Leprosy in India: report of the Leprosy Commission in India, 1890-91
Year: 1890
Disease focus: Leprosy
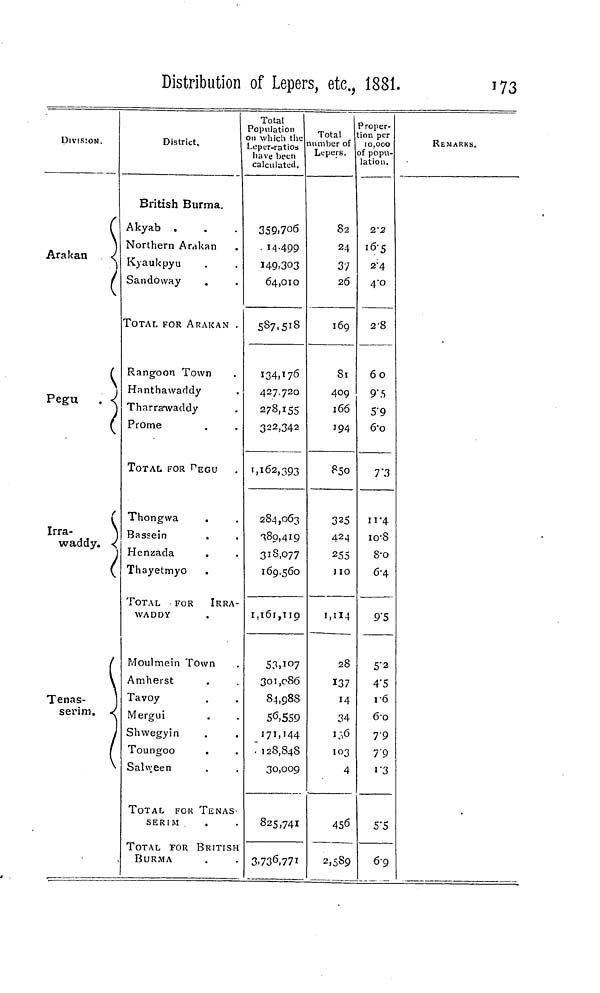
Distribution of Lepers, etc., 1881.
173
DIVISION.
(
)
Arakan
<
)
(
(
\
Pegu
. • <
(
r
Irra-
TXT fl n n tr
ŵ
ciuuy« Î
(
Tenas-
serim. <
(
District,
British Burma.
Akyab .
Northern Arakan
Kyaukpyu
Sandoway
TOTAL FOR ARAKAN .
Rangoon Town
Hanthawarldy
Tharra'waddy
Prome
TOTAL FOR r> EG u
Thongwa
Bassein
Henzada
Thayetmyo
TOTAL
FOR
IRRA-
WADDY
P.'Ioulmein Town
Amherst
Tavoy
Mergui
Shwegyin
Toungoo
Salween
TOTAL FOK TENAS
SERIM
TOTAL FOR BRITISP
BURMA
Total
Population
on which the
Leper-ratios
have been
calculated.
359.706
• 14-499
I49-3O3
64,010
5S7-5IS
134,176
427.720
278,155
322,342
1.162,393
284,063
89,419
318,077
169.560
I,l6l,Tip
53,107
301,086
84,98s
56,559
171,144
. 128,848
30,009
825,741
3.736,771
Total
imber of
Lepeis.
82
24
37
26
169
Si
409
166
194
F50
3 2 5
424
255
JIO
1,114
28
137
14
34
x;,6
103
4
456
2,585
'roper-
ion per
10,000
of popu-
lation.
2'2
i6-s
2-4
4-0
2-8
60
9" 5
5-9
6-o
7 "3
11-4
io-8
8-0
6-4
9'S
5'2
4'5
v6
&o
79
7'9
J'3
5'5
69
REMARKS.